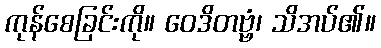
ကုန်စေခြင်းကို။ ဝေဒိတဗ္ဗံ၊ သိအပ်၏။